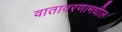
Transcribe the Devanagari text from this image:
वातावरणामधील